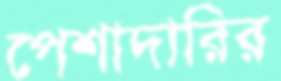
পেশাদারির